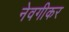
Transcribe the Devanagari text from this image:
नेवगीकर